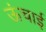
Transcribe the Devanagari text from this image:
ऊंचार्इ